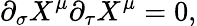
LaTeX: \partial_{\sigma}X^{\mu}\partial_{\tau}X^{\mu}=0,